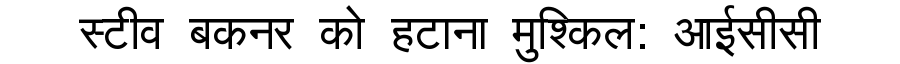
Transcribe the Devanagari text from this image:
स्टीव बकनर को हटाना मुश्किल: आईसीसी